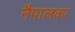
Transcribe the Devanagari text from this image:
नैपालका